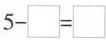
$$5-\square =\square$$